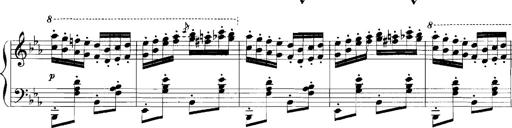
Title: Rhapsodies hongroises
Composer: Franz Liszt